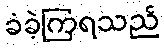
ခံခဲ့ကြရသည်